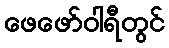
ဖေဖော်ဝါရီတွင်